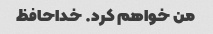
من خواهم کرد. خداحافظ